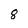
Character: 8